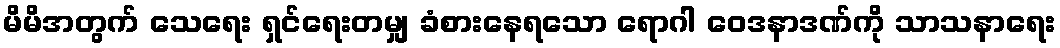
မိမိအတွက် သေရေး ရှင်ရေးတမျှ ခံစားနေရသော ရောဂါ ဝေဒနာဒဏ်ကို သာသနာရေး